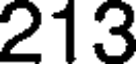
213